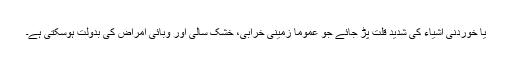
یا خوردنی اشیاء کی شدید قلت پڑ جائے جو عموماً زمینی خرابی، خشک سالی اور وبائی امراض کی بدولت ہوسکتی ہے۔